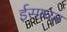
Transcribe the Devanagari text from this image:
ईसायत